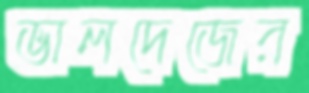
ভালদেজের